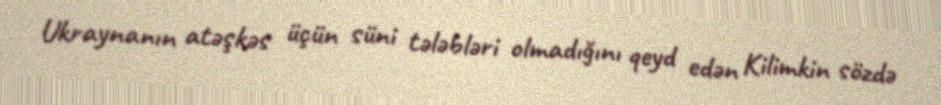
Ukraynanın atəşkəs üçün süni tələbləri olmadığını qeyd edən Kilimkin sözdə